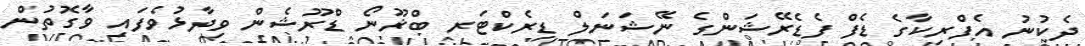
ދެކުނު އެފްރިކާގެ ޑެފް ފެޑެރޭޝަންގެ ނޭޝަނަލް ޑިރެކްޓަރ ބްޜޫނޯ ޑްރޫޝެން ވިދާޅުވެފައި ވާގޮތުން